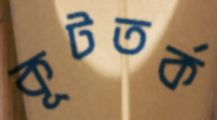
কূটতর্ক